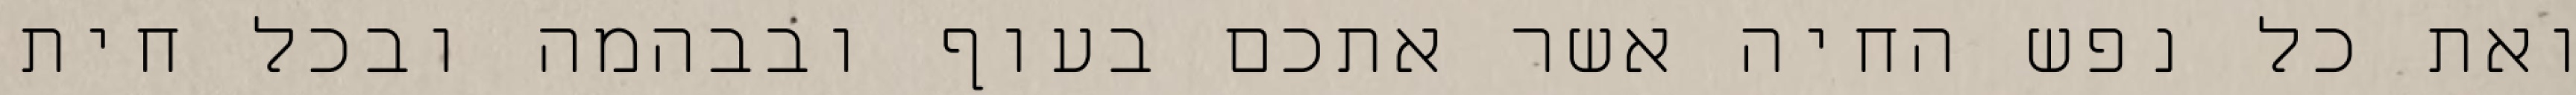
ואת כל נפש החיה אשר אתכם בעוף ובבהמה ובכל חית